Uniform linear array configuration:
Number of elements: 12
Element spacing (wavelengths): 0.5
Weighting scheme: exponential
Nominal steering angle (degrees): -15
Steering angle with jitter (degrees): -14.684
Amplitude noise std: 0.05
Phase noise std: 0.05

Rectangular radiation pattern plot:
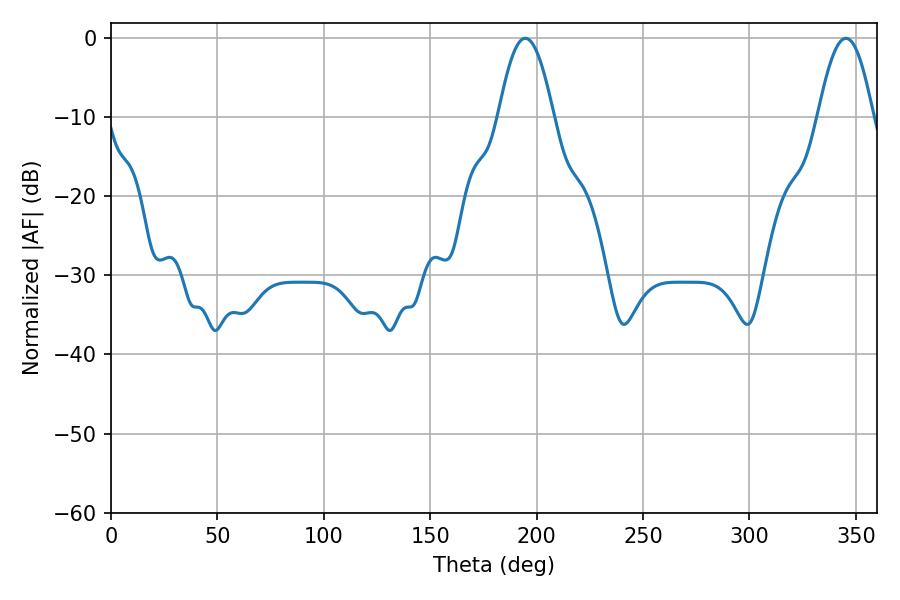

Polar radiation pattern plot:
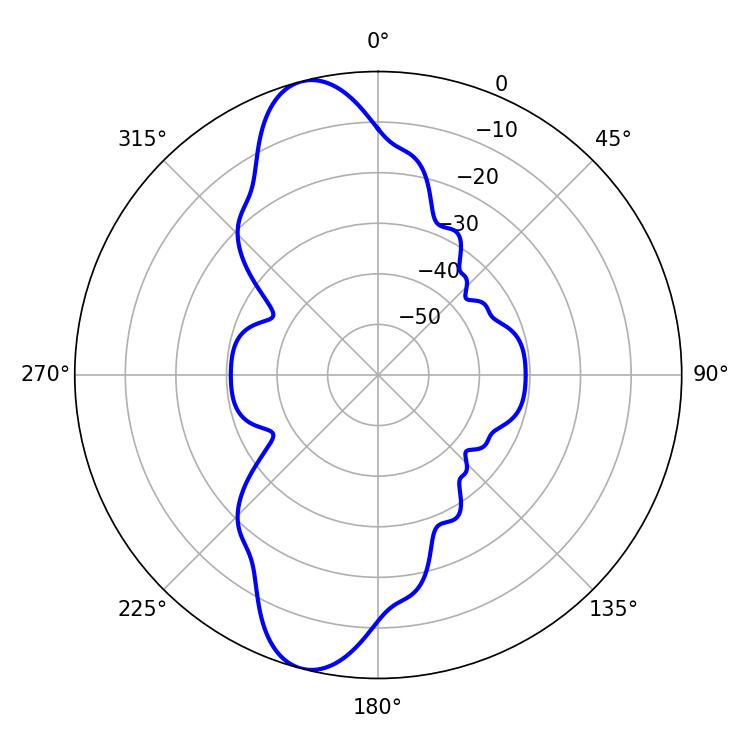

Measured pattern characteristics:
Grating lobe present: FALSE
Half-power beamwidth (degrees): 14.04
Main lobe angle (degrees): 194.58